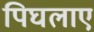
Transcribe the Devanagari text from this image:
पिघलाए